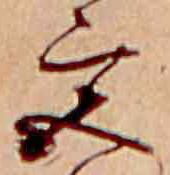
宮